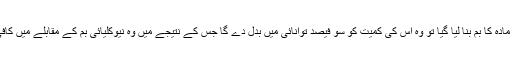
لیکن اگر کوئی ضد مادّہ کا بم بنا لیا گیا تو وہ اس کی کمیت کو سو فیصد توانائی میں بدل دے گا جس کے نتیجے میں وہ نیوکلیائی بم کے مقابلے میں کافی زیادہ کارگر ہوگا۔